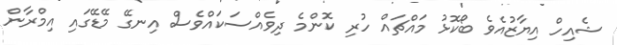
ޝެއިހް އިޔާޒުއެވެ ބޯކޮޅު މައްޗައް ހުރި ކޮންމެ ދިވެއްސަކައްވެސް އިނގޭ މޭޑޭގައި އިމްރާން